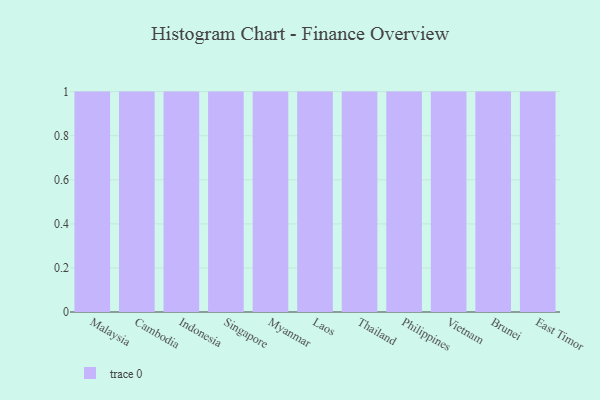
{"axis": {"x": "Country", "y": "Headcount"}, "legend": [""], "data": [{"x": "Malaysia", "y": 84, "type": ""}, {"x": "Cambodia", "y": 100, "type": ""}, {"x": "Indonesia", "y": 1, "type": ""}, {"x": "Singapore", "y": 2, "type": ""}, {"x": "Myanmar", "y": 37, "type": ""}, {"x": "Laos", "y": 62, "type": ""}, {"x": "Thailand", "y": 85, "type": ""}, {"x": "Philippines", "y": 8, "type": ""}, {"x": "Vietnam", "y": 51, "type": ""}, {"x": "Brunei", "y": 48, "type": ""}, {"x": "East Timor", "y": 35, "type": ""}]}